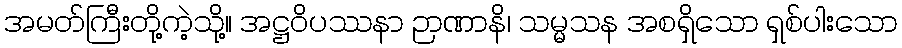
အမတ်ကြီးတို့ကဲ့သို့။ အဋ္ဌဝိပဿနာ ဉာဏာနိ၊ သမ္မသန အစရှိသော ရှစ်ပါးသော